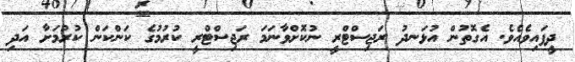
ދީފައިވެއެވެ. އެގޮތުން އުޅަނދު ރަޖިސްޓްރީ ނުކޮށްވާނަމަ ރަޖިސްޓްރީ ކުރުމުގެ ކަންކަން ކުރުމަށާ އަދި